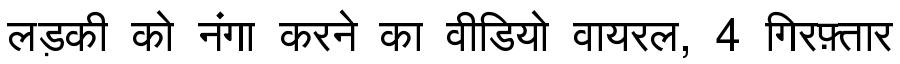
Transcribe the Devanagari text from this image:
लड़की को नंगा करने का वीडियो वायरल, 4 गिरफ़्तार